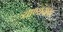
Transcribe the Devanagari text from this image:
त्र्याण्यवावा